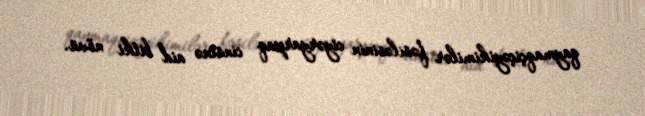
qaymaqçiçəyikimilər fəsiləsinin ciyəryarpaq cinsinə aid bitki növü.